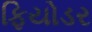
ફિયોડર